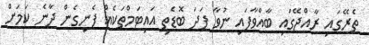
ތެރޭގައި ރާއްޖޭގައި ބާއްވާފައި ނުވާ ފަދަ ބޮޑެތި އައިޓަމްތަކެއް ފެނިގެން ދާނެ ކަމަށް